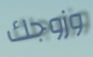
وزوجك